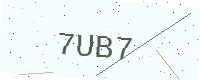
Text: 7UB7